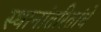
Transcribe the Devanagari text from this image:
स्थानांतरितांचे